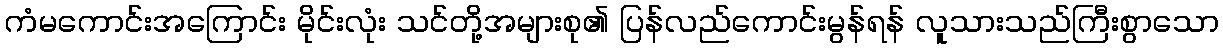
ကံမကောင်းအကြောင်း မိုင်းလုံး သင်တို့အများစု၏ ပြန်လည်ကောင်းမွန်ရန် လူသားသည်ကြီးစွာသော